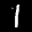
Label: 1